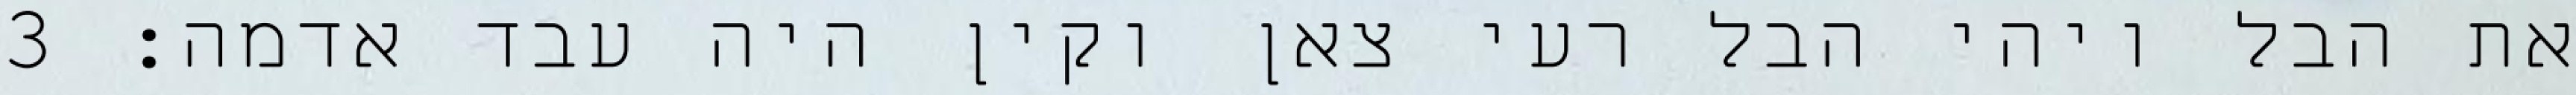
את הבל ויהי הבל רעי צאן וקין היה עבד אדמה׃ ‎3‏